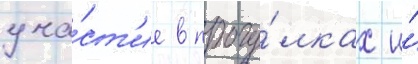
уча́ст'ие в прогу́лках и́